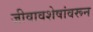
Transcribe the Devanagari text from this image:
जीवावशेषांवरून